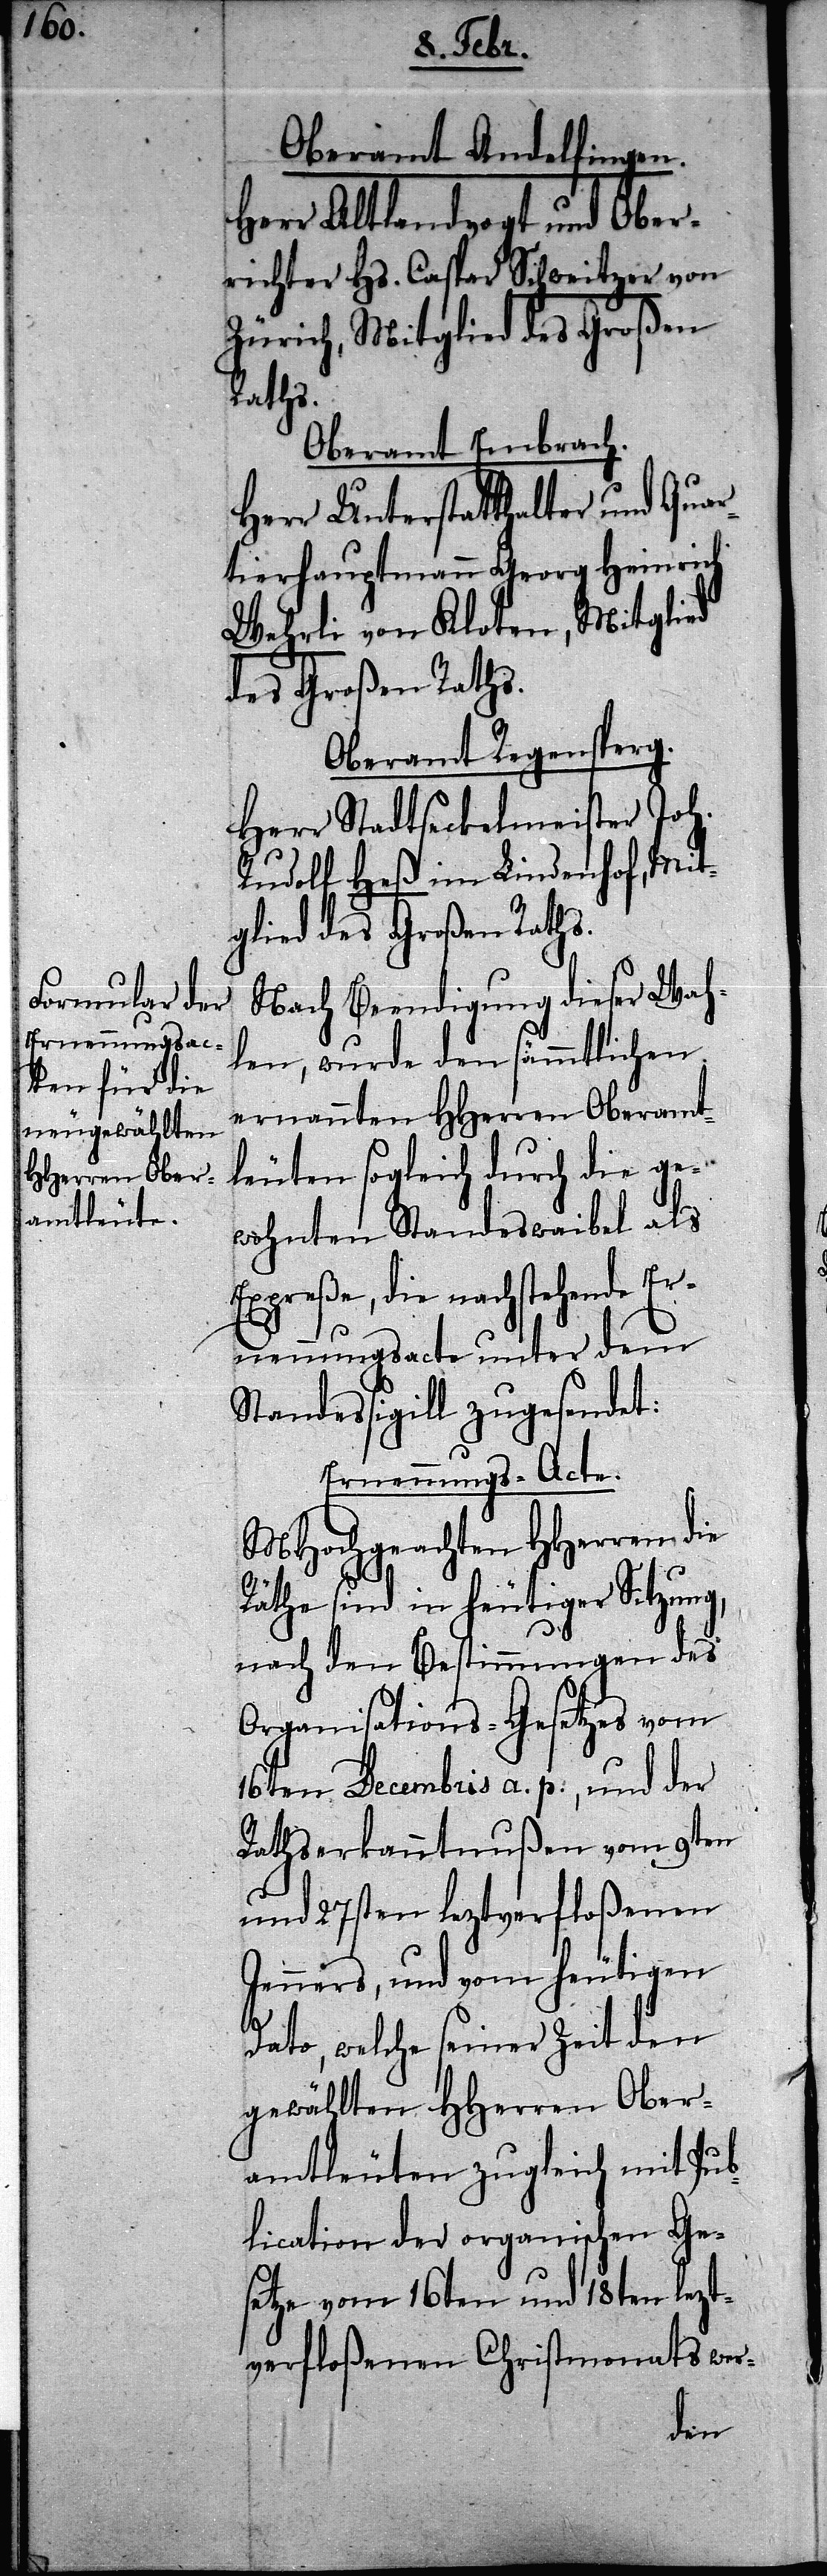
1816.

Oberamt Andelfingen.
Herr Altlandvogt und Ober¬
richter Hs. Caspar Schweitzer von
Zürich, Mitglied des Großen
Raths.
Oberamt Embrach.
Herr Unterstatthalter und Quar¬
tierhauptmann Georg Heinrich
Wehrli von Kloten, Mitglied
des Großen Raths.
Oberamt Regensperg.
Herr Stadtseckelmeister Joh.
Rudolf Heß im Lindenhof, Mit¬
glied des Großen Raths.
Nach Beendigung dieser Wah¬
len, wurde den sämmtlichen
ernannten HHerren Oberamt¬
leuten sogleich durch die ge¬
wohnten Standeswaibel als
Expreße, die nachstehende Er¬
nennungsacte unter dem
Standessigill zugesendet:
Ernennungs-Acte
MHochgeachten HHerren die
Räthe sind in heutiger Sitzung,
nach den Bestimmungen des
Organisations-Gesetzes vom
16ten Decembris a. p., und der
Rathserkanntnußen vom 9ten
und 27sten leztverfloßenen
Jenners, und vom heutigen
Dato, welche seiner Zeit den
gewählten HHerren Ober¬
amtleuten zugleich mit Pub¬
lication der organischen Ge¬
setze vom 16ten und 18ten lezt¬
verfloßenen Christmonats wer-
des